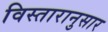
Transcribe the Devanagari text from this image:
विस्तारानुसार